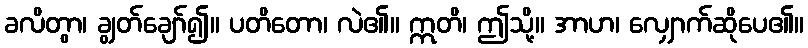
ခလိတွာ၊ ချွတ်ချော်၍။ ပတိတော၊ လဲ၏။ ဣတိ၊ ဤသို့။ အာဟ၊ လျှောက်ဆိုပေ၏။